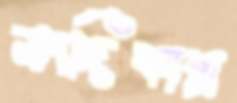
ভাদিকারা